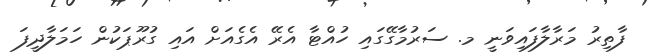
ފާތިރު މަރާލާފައިވަނީ މ. ސަރުމާގޭގައި ހުއްޓާ އެރޭ އެގެއަށް އައި ގުރޫޕަކުން ހަމަލާދީފަ